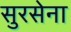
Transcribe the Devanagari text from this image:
सुरसेना